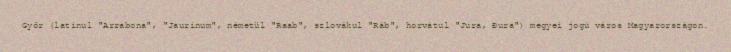
Győr (latinul "Arrabona", "Jaurinum", németül "Raab", szlovákul "Ráb", horvátul "Jura, Đura") megyei jogú város Magyarországon.